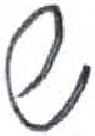
אות: ש